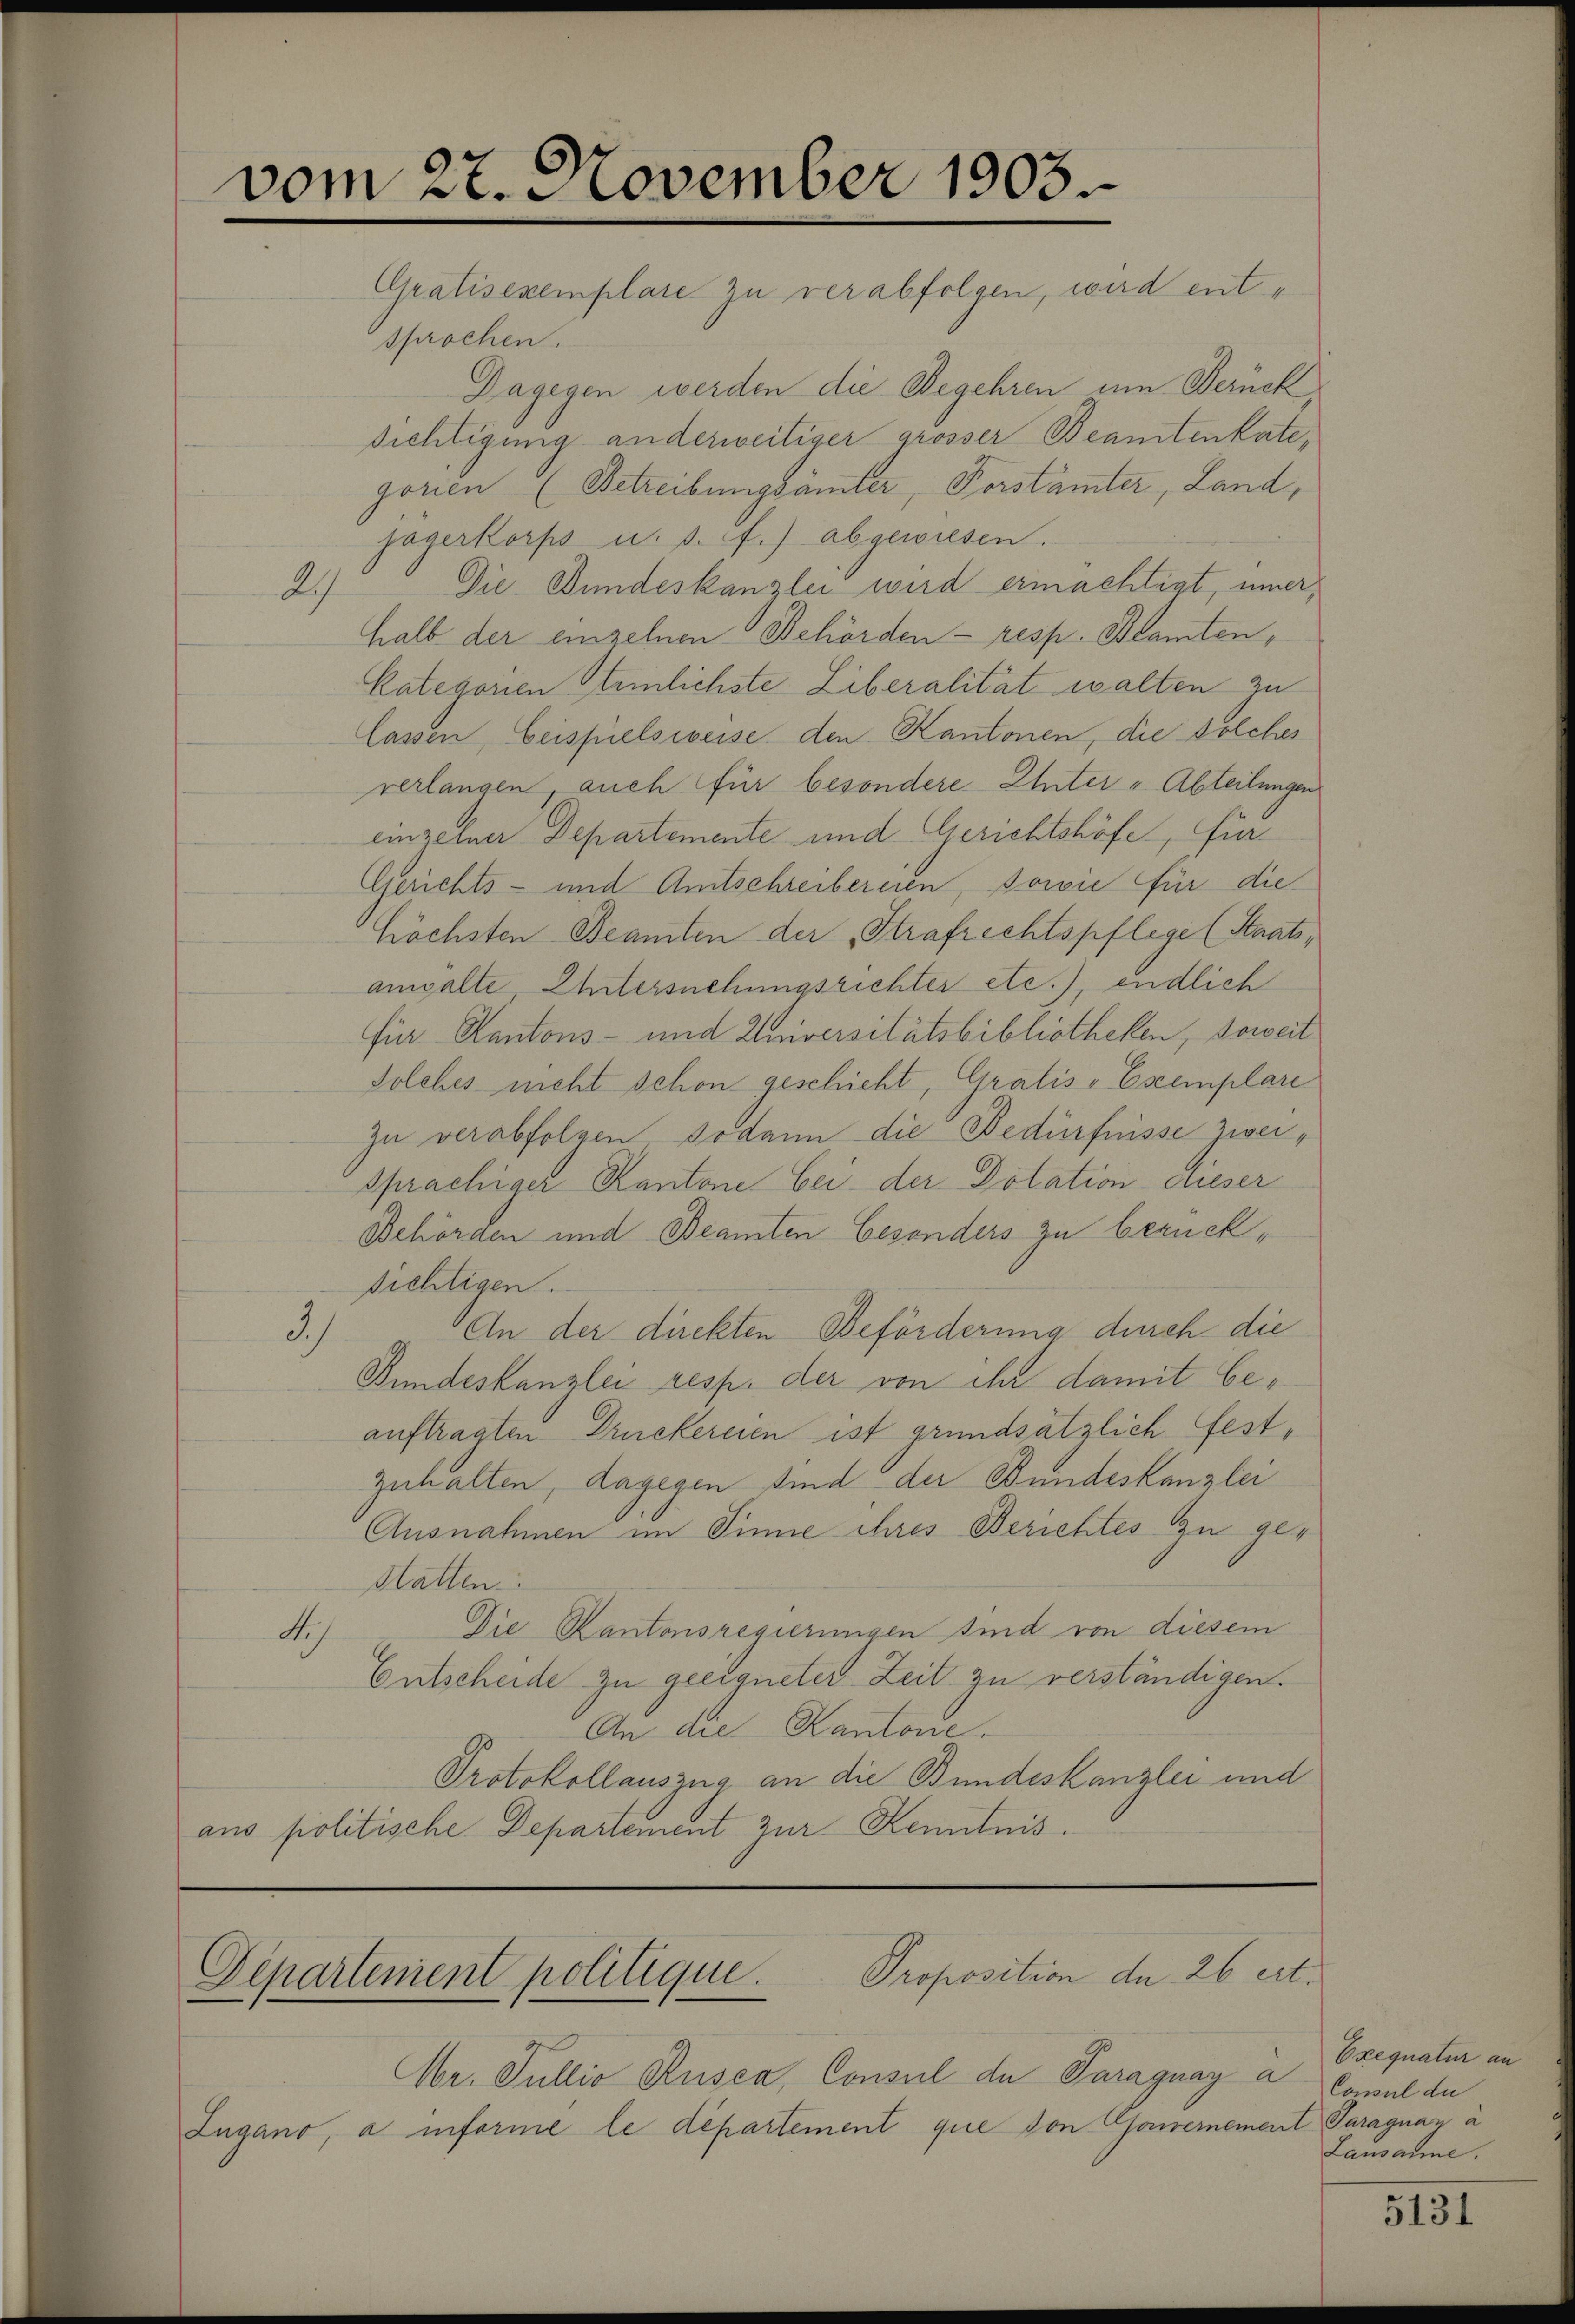
vom 27. November 1903

Gratisexemplare zu verabfolgen, wird entsprochen.
Dagegen werden die Begehren um Berück
dichtigung anderweitiger grösser Beamtenkate,
gorien (Betreibungsämter, Forstämter, Land,
jägerkorps u. s. f.) abgewiesen.
Die Bundeskanzlei wird ermächtigt, uner,
29
halb der einzelnen Behörden - resp. Beamten,
Kategorien Steinlichste Liberalität walten zu
Cassen, Beispielsweise den Kantonen, die solches
verlangen, auch für besondere Unter - Abteilungen
einzelner Departemente und Gerichtshöfe, für
Gerichts- und Amtschreibereien, sowie für die
Höchsten Beamten der Strafrechtspflege (Staatsamsalte, Untersuchungsrichter etc.), endlich
für Kantons- und Einversitätsbibliotheken, soweit
Solches nicht schon geschicht, Gratis-Exemplare
zu verabfolgen sodann die Bedürfnisse zweisprachiger Kantone bei der Dotation dieser
Behörden und Beamten besonders zu berücksichtigen.
An der direkten Beförderung durch die
3)
Bundeskanzlei resp. der von ihr damit beauftragten Druckereien ist grundsätzlich festzuhalten, dagegen sind der Bundeskanzlei
Ausnahmen im Sinne ihres Berichtes zu ge¬
Statten.
Die Kantonsregierungen sind von diesem
Ah
Entscheide zu geeigneter Zeit zu verständigen.
An die Kantone.
Protokollauszug an die Bundeskanzlei und
ans politische Departement zur Kenntnis.

Proposition der 26 ert.
Departement politique.

Mr. Gullio Rusca, Consul de Paraguay a
Lugano, a informe le departement que von Gawerneme

Exequatur an
Consul de
A Paraguan à
Lausanne.

5131